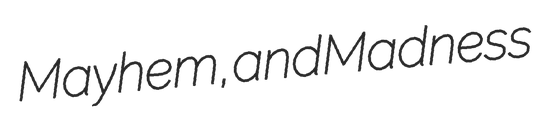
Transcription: Mayhem, and Madness